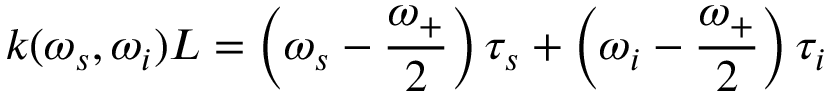
k ( \omega _ { s } , \omega _ { i } ) L = \left( \omega _ { s } - \frac { \omega _ { + } } { 2 } \right) \tau _ { s } + \left( \omega _ { i } - \frac { \omega _ { + } } { 2 } \right) \tau _ { i }